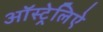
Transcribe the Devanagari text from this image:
ऑस्ट्रेलिऐ